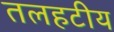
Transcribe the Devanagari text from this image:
तलहटीय